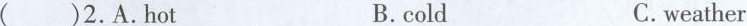
( )2.A.Hot B.cold C.weather